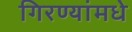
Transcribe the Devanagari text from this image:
गिरण्यांमधे